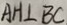
A H \bot B C